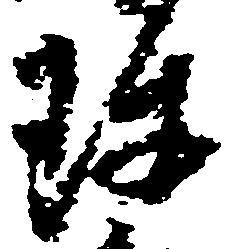
珍